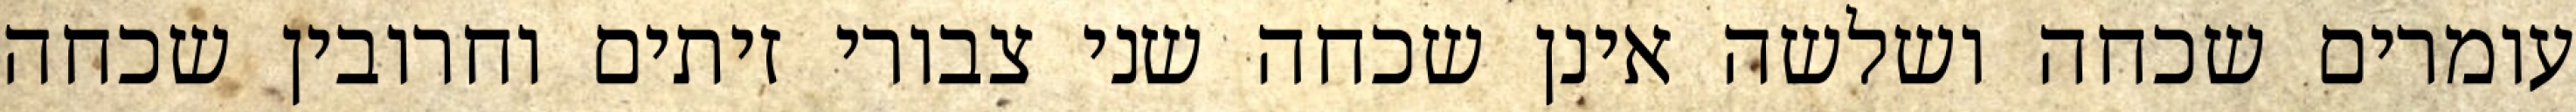
עומרים שכחה ושלשה אינן שכחה שני צבורי זיתים וחרובין שכחה